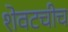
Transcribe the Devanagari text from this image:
शेवटचीच